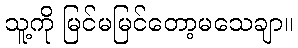
သူ့ကို မြင်မမြင်တော့မသေချာ။